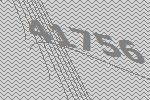
41756